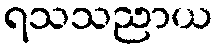
ရသသညာယ